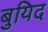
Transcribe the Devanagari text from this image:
बुयिद